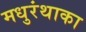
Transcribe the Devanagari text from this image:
मधुरंथाका